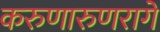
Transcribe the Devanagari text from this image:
करुणारुणरागे